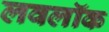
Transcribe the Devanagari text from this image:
लवलॉक